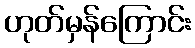
ဟုတ်မှန်ကြောင်း